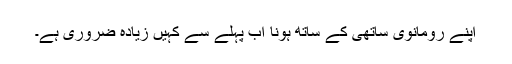
اپنے رومانوی ساتھی کے ساتھ ہونا اب پہلے سے کہیں زیادہ ضروری ہے۔